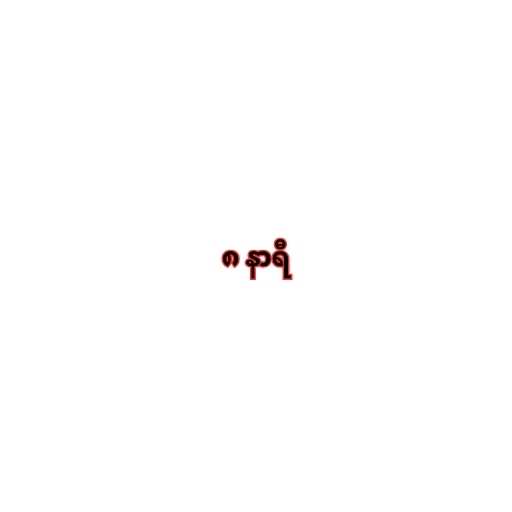
၈ နာရီ